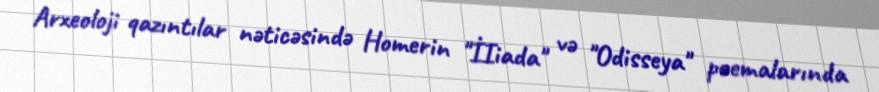
Arxeoloji qazıntılar nəticəsində Homerin "İIiada" və "Odisseya" poemalarında